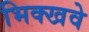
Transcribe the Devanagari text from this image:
भिक्खवे